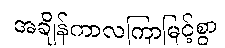
အချိန်ကာလကြာမြင့်စွာ